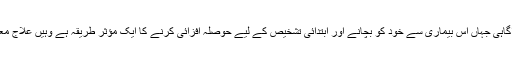
چھاتی کے کینسر کے حوالے سے احتیاطی تدابیر اور علامات کی آگاہی جہاں اس بیماری سے خود کو بچانے اور ابتدائی تشخیص کے لیے حوصلہ افزائی کرنے کا ایک مؤثر طریقہ ہے وہیں علاج معالجے اور تشخیص کی سہولیات تک رسائی بھی ایک بڑا مسئلہ ہے۔